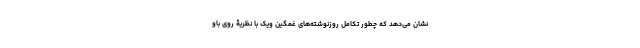
نشان می‌دهد که چطور تکامل روزنوشته‌های غمگین ویک با نظریۀ روی باو